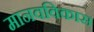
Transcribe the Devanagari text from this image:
मानवविकास